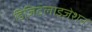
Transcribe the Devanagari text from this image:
डिजिटलाइज़ेशन